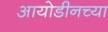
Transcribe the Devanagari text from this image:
आयोडीनच्या